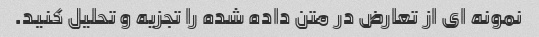
نمونه ای از تعارض در متن داده شده را تجزیه و تحلیل کنید.